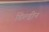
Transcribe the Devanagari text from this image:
डिल्ड्रीन